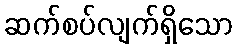
ဆက်စပ်လျက်ရှိသော